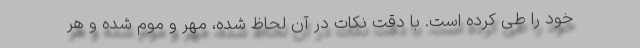
خود را طی کرده است. با دقت نکات در آن لحاظ شده، مهر و موم شده و هر